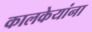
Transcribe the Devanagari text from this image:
कालकेयांना